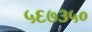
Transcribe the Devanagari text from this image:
५६७३५०